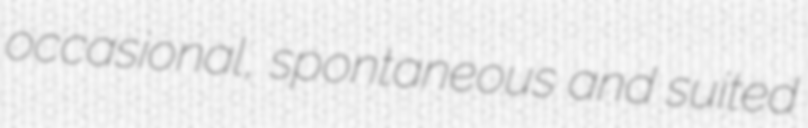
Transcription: occasional, spontaneous and suited